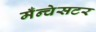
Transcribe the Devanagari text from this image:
मँन्चेसटर